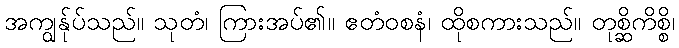
အကျွန်ုပ်သည်။ သုတံ၊ ကြားအပ်၏။ ဧတံဝစနံ၊ ထိုစကားသည်။ တုစ္ဆိကိစ္စိ၊